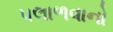
પલાળવાનો